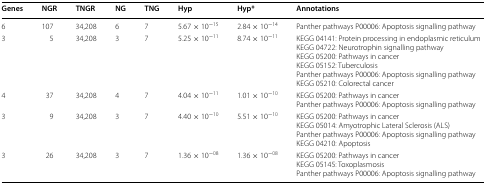
<table><thead><tr><td><b>Genes</b></td><td><b>NGR</b></td><td><b>TNGR</b></td><td><b>NG</b></td><td><b>TNG</b></td><td><b>Hyp</b></td><td><b>Hyp*</b></td><td><b>Annotations</b></td></tr></thead><tbody><tr><td>6</td><td>107</td><td>34,208</td><td>6</td><td>7</td><td>5.67 × 10<sup>−15</sup></td><td>2.84 × 10<sup>−14</sup></td><td>Panther pathways P00006: Apoptosis signalling pathway</td></tr><tr><td>3</td><td>5</td><td>34,208</td><td>3</td><td>7</td><td>5.25 × 10<sup>−11</sup></td><td>8.74 × 10<sup>−11</sup></td><td>KEGG 04141: Protein processing in endoplasmic reticulumKEGG 04722: Neurotrophin signalling pathwayKEGG 05200: Pathways in cancerKEGG 05152: TuberculosisPanther pathways P00006: Apoptosis signalling pathwayKEGG 05210: Colorectal cancer</td></tr><tr><td>4</td><td>37</td><td>34,208</td><td>4</td><td>7</td><td>4.04 × 10<sup>−11</sup></td><td>1.01 × 10<sup>−10</sup></td><td>KEGG 05200: Pathways in cancerPanther pathways P00006: Apoptosis signalling pathway</td></tr><tr><td>3</td><td>9</td><td>34,208</td><td>3</td><td>7</td><td>4.40 × 10<sup>−10</sup></td><td>5.51 × 10<sup>−10</sup></td><td>KEGG 05200: Pathways in cancerKEGG 05014: Amyotrophic Lateral Sclerosis (ALS)Panther pathways P00006: Apoptosis signalling pathwayKEGG 04210: Apoptosis</td></tr><tr><td>3</td><td>26</td><td>34,208</td><td>3</td><td>7</td><td>1.36 × 10<sup>−08</sup></td><td>1.36 × 10<sup>−08</sup></td><td>KEGG 05200: Pathways in cancerKEGG 05145: ToxoplasmosisPanther pathways P00006: Apoptosis signalling pathway</td></tr></tbody></table>